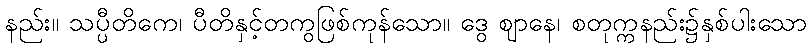
နည်း။ သပ္ပီတိကေ၊ ပီတိနှင့်တကွဖြစ်ကုန်သော။ ဒွေ ဈာနေ၊ စတုက္ကနည်း၌နှစ်ပါးသော